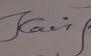
Signature authenticity: genuine